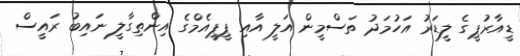
ޑީއާރުޕީގެ ލީޑަރު އަހުމަދު ތަސްމީން އަލީ އާއި ޕީޕީއެމްގެ އިންތިގާލީ ނައިބު ރައީސް